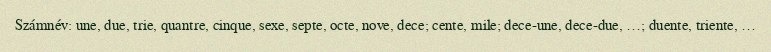
Számnév: une, due, trie, quantre, cinque, sexe, septe, octe, nove, dece; cente, mile; dece-une, dece-due, …; duente, triente, …